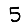
Digit: 5